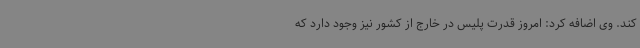
کند. وی اضافه کرد: امروز قدرت پلیس در خارج از کشور نیز وجود دارد که